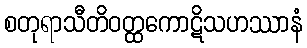
စတုရာသီတိဝတ္ထကောဋိသဟဿာနံ